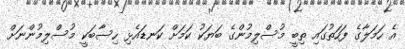
އެ ހަމަލާގެ ފަހަތުގައި ތިބީ މުސްލިމުންގެ ބަޔަކު ކަމަށް ކަނޑައެޅި ހިސާބަކީ މުސްލިމުންނަށް